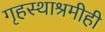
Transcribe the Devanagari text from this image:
गृहस्थाश्रमीही